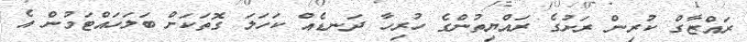
ރައްޒާގް ކުރިން ރަށުގެ ރައްޔިތުންގެ ހުރިހާ ދަނޑެއް ކަހަލަ ގޮތަކަށް ބަލަހައްޓަމުން އެ